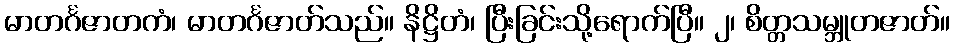
မာတင်္ဂဇာတကံ၊ မာတင်္ဂဇာတ်သည်။ နိဋ္ဌိတံ၊ ပြီးခြင်းသို့ရောက်ပြီ။ ၂၊ စိတ္တသမ္ဘူတဇာတ်။